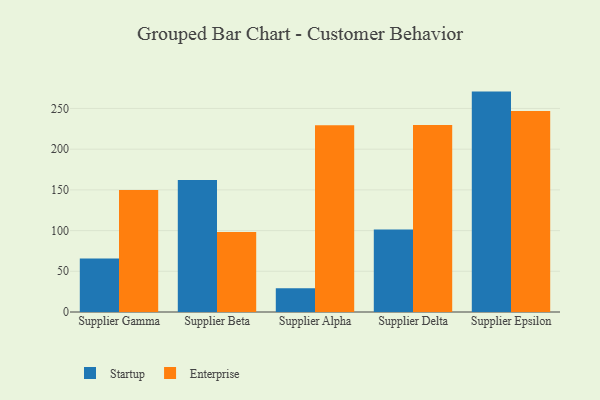
{"axis": {"x": "Supplier", "y": "Active Users"}, "legend": ["Enterprise", "Startup"], "data": [{"x": "Supplier Gamma", "y": 65.8, "type": "Startup"}, {"x": "Supplier Gamma", "y": 149.9, "type": "Enterprise"}, {"x": "Supplier Beta", "y": 162.2, "type": "Startup"}, {"x": "Supplier Beta", "y": 98.3, "type": "Enterprise"}, {"x": "Supplier Alpha", "y": 29.3, "type": "Startup"}, {"x": "Supplier Alpha", "y": 229.4, "type": "Enterprise"}, {"x": "Supplier Delta", "y": 101.4, "type": "Startup"}, {"x": "Supplier Delta", "y": 229.8, "type": "Enterprise"}, {"x": "Supplier Epsilon", "y": 270.7, "type": "Startup"}, {"x": "Supplier Epsilon", "y": 246.8, "type": "Enterprise"}]}